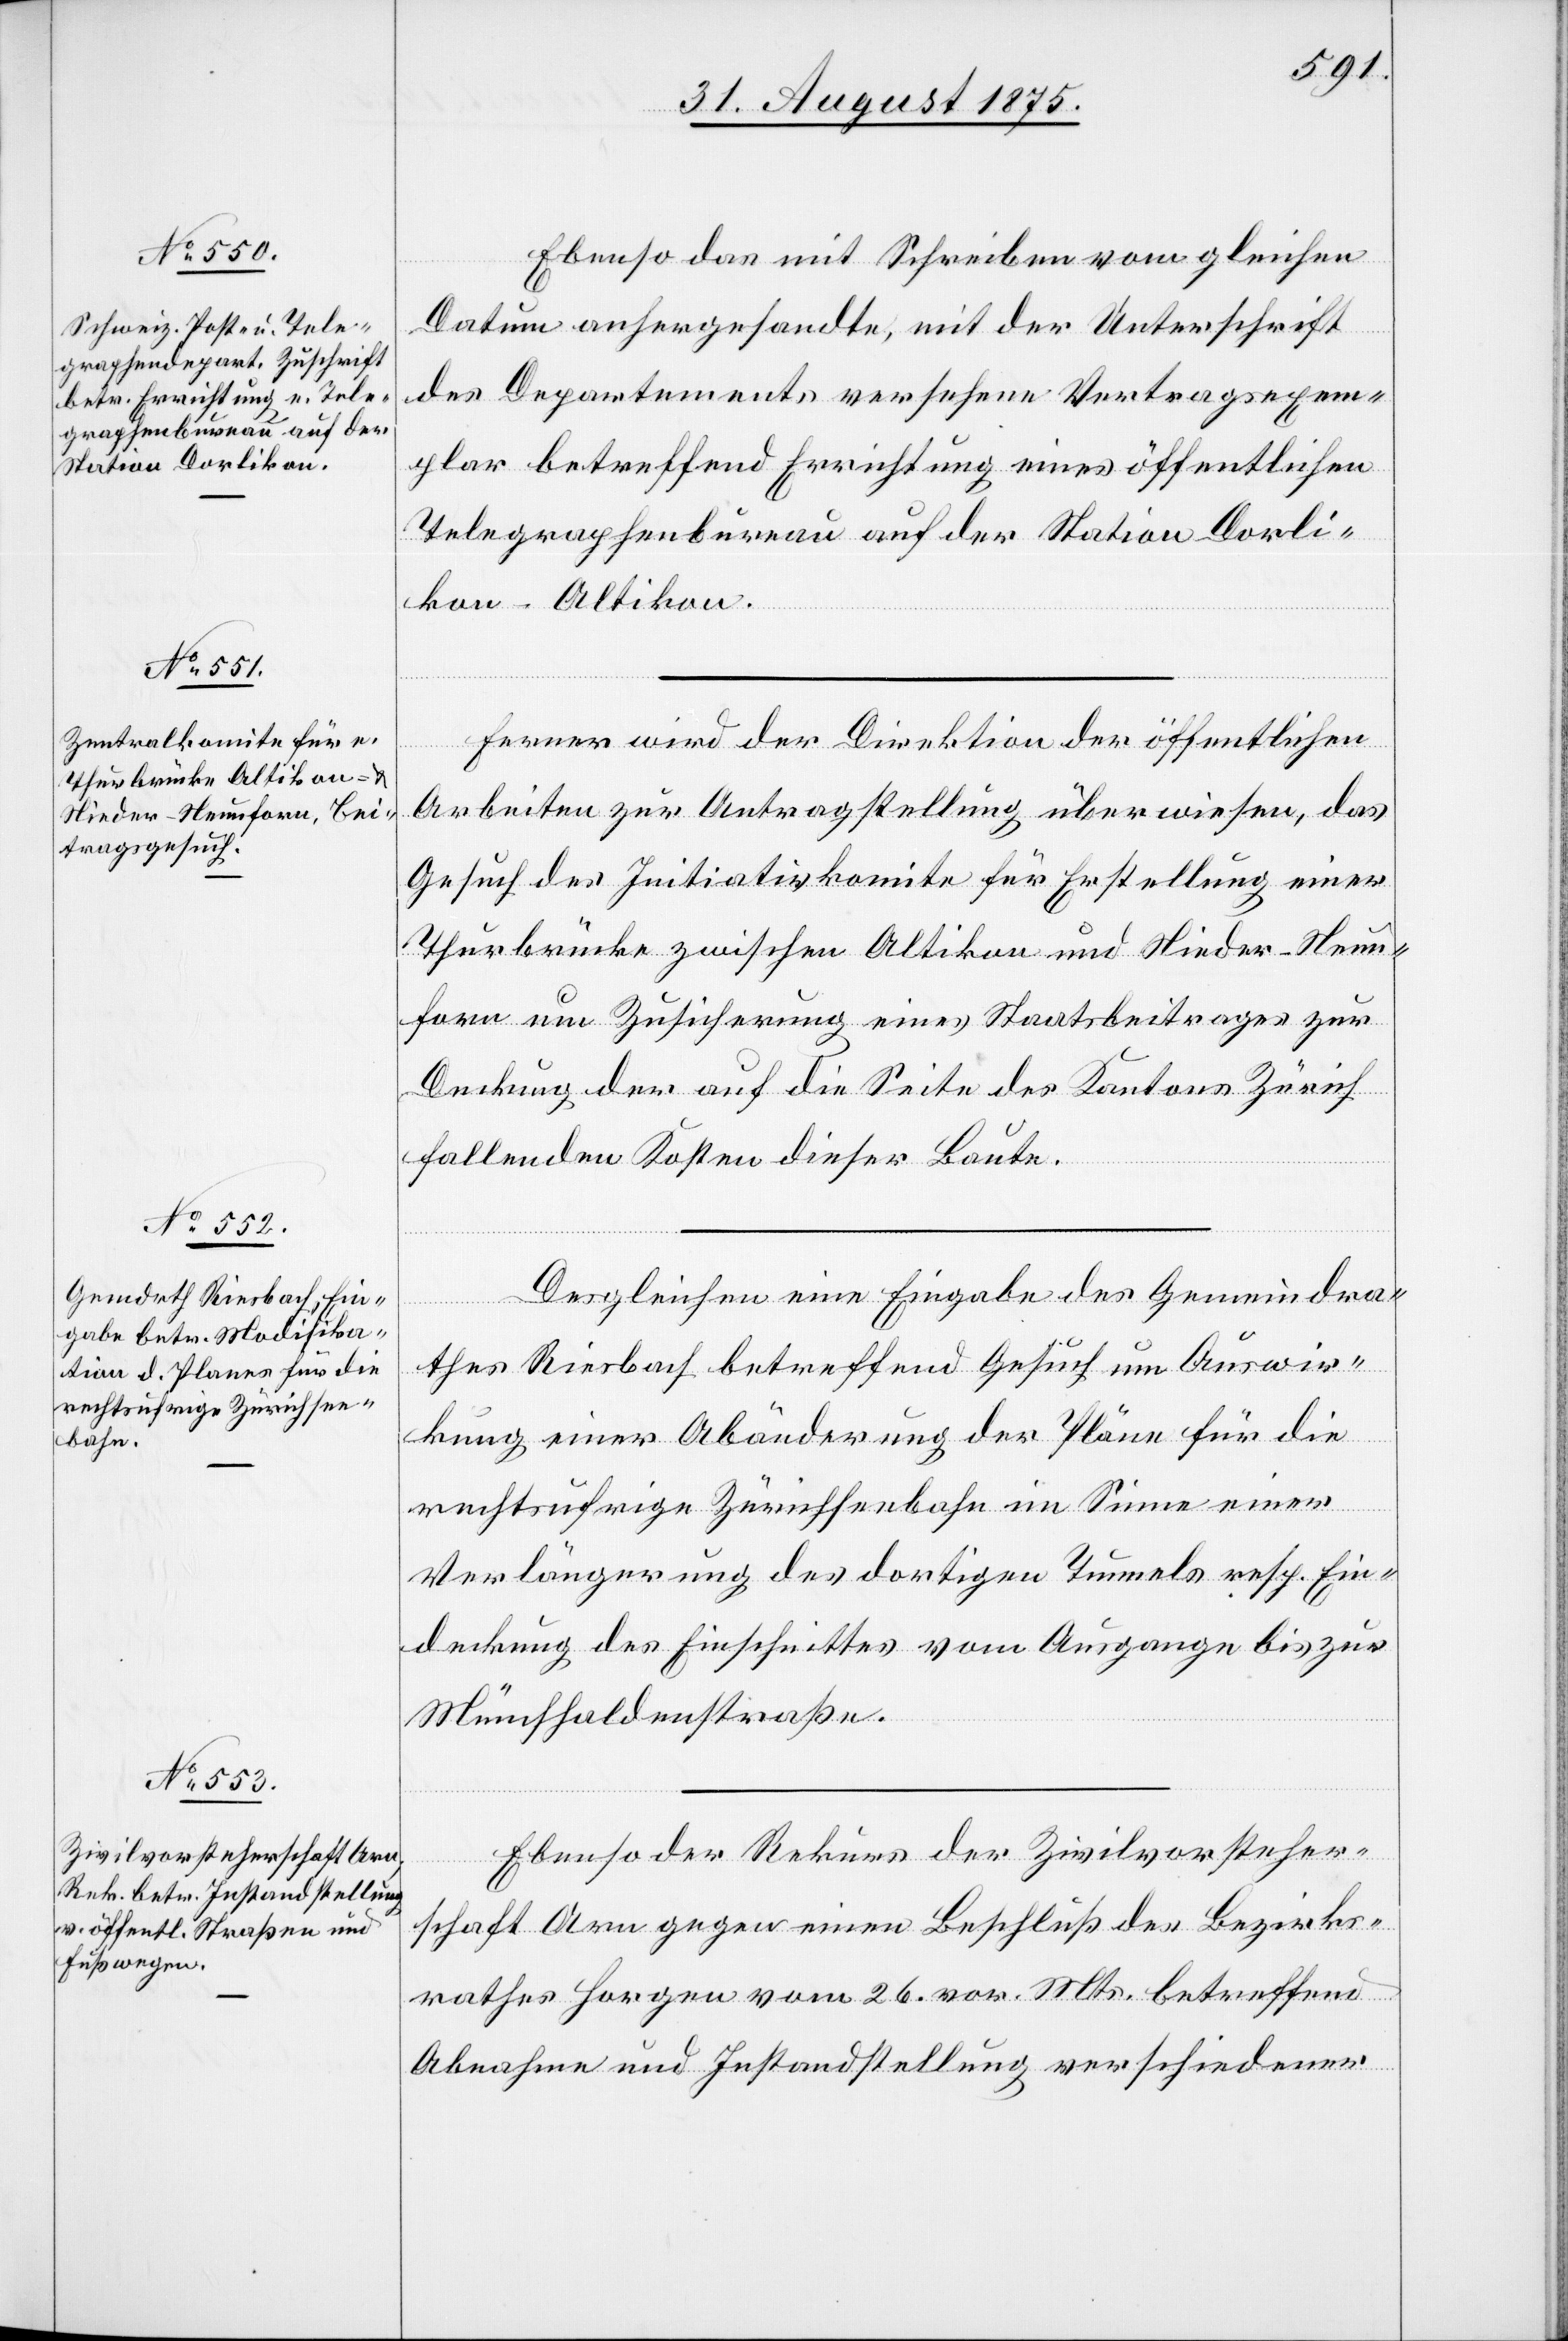
31. August 1875.]
Ebenso das mit Schreiben vom gleichen
Datum anhergesandte, mit der Unterschrift
des Departements versehene Vertragsexem¬
plar betreffend Errichtung eines öffentlichen
Telegraphenbureau auf der Station Dorli¬
kon-Altikon.
Ferner wird der Direktion der öffentlichen
Arbeiten zur Antragstellung überwiesen, das
Gesuch des Initiativkomite für Erstellung einer
Thurbrücke zwischen Altikon und Nieder-Neun¬
forn um Zusicherung eines Staatsbeitrages zur
Deckung der auf die Seite des Kantons Zürich
fallenden Kosten dieser Baute.
Desgleichen eine Eingabe des Gemeindra¬
thes Riesbach betreffend Gesuch um Auswir¬
kung einer Abänderung der Pläne für die
rechtsufrige Zürichseebahn im Sinne einer
Verlängerung des dortigen Tunnels resp. Ein¬
deckung des Einschnittes vom Ausgange bis zur
Münchhaldenstraße.
Ebenso der Rekurs der Zivilvorsteher¬
schaft Arn gegen einen Beschluß des Bezirks¬
rathes Horgen vom 26. vor. Mts. betreffend
Abnahme und Instandstellung verschiedener